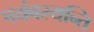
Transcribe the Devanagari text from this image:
पयंवस्यन्ति